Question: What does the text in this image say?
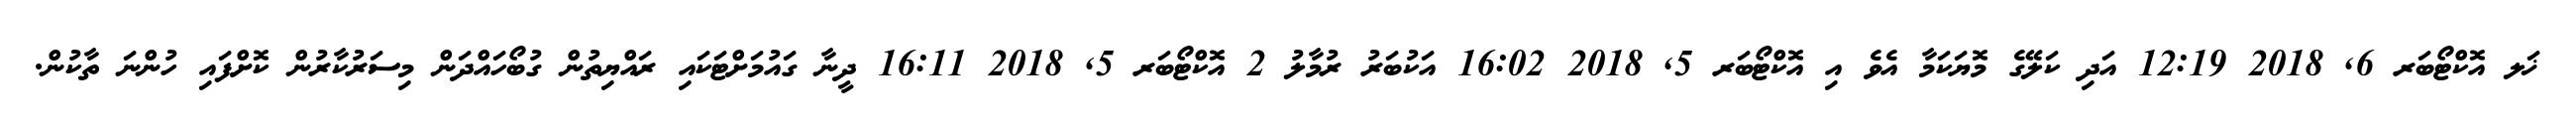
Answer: ޚަލ އޮކްޓޯބަރ 6, 2018 12:19 އަދި ކަލޭގެ މޮޔަކަމާ އެވެ އި އޮކްޓޯބަރ 5, 2018 16:02 އަކުބަރު ރުމާލު 2 އޮކްޓޯބަރ 5, 2018 16:11 ދީނާ ގައުމަށްޓަކައި ރައްޔިތުން ގުބޯހައްދަން މިސަރުކާރުން ކޮށްފައި ހުންނަ ތާކުން.